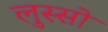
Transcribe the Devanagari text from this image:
लुस्सो